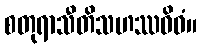
စတုရာသီတိသဟဿဝိဓံ။